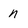
Character: n